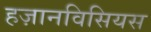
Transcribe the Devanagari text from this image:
हज़ानविसियस